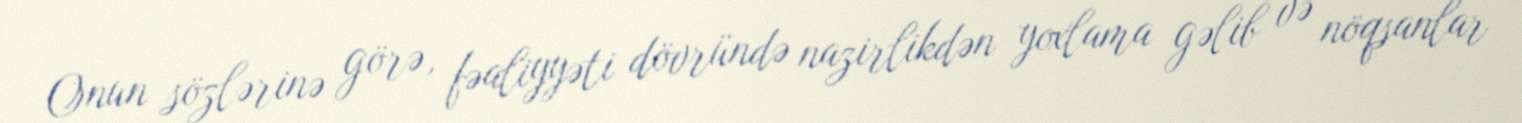
Onun sözlərinə görə, fəaliyyəti dövründə nazirlikdən yoxlama gəlib və nöqsanlar